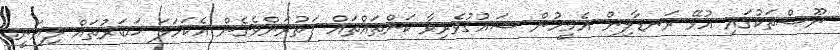
ނޫސްތަކުގައި އުޅޭ ރަނޑާލިން އެމީހުން ޝައުޤުވެރިވާ ކަންތައްތައް ފަތުރަންވެގެން އެކަހަލަ ޚަބަރުތައް ލިޔަނީ.